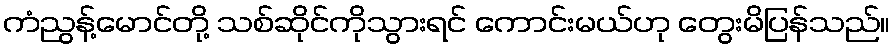
ကံညွန့်မောင်တို့ သစ်ဆိုင်ကိုသွားရင် ကောင်းမယ်ဟု တွေးမိပြန်သည်။